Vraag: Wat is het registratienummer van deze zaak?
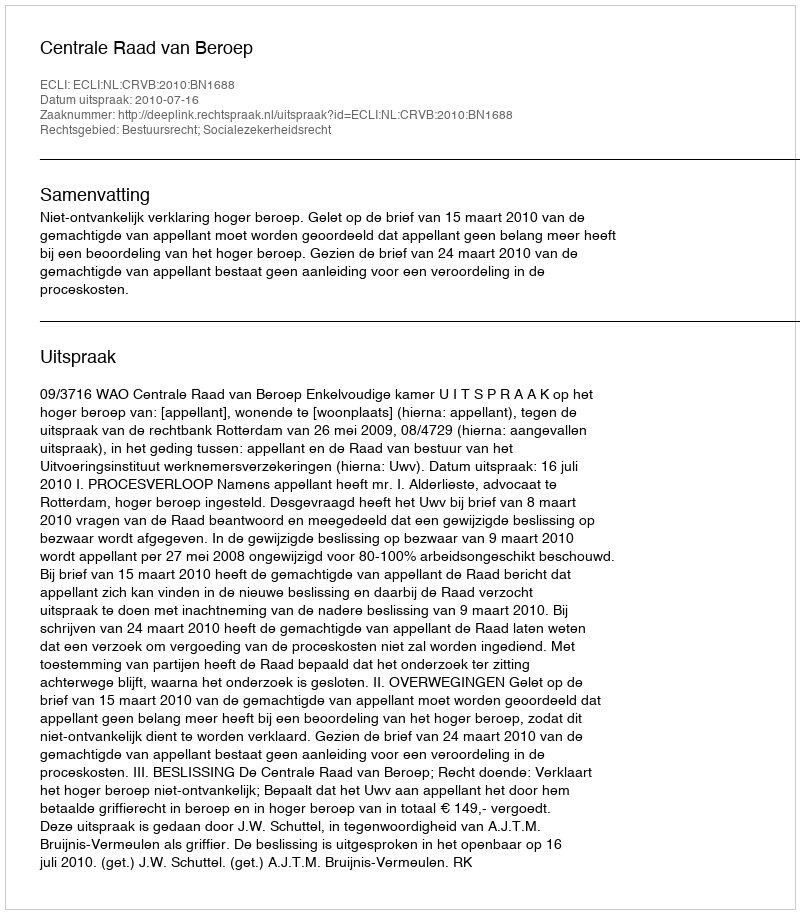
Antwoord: http://deeplink.rechtspraak.nl/uitspraak?id=ECLI:NL:CRVB:2010:BN1688